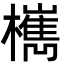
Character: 㰎